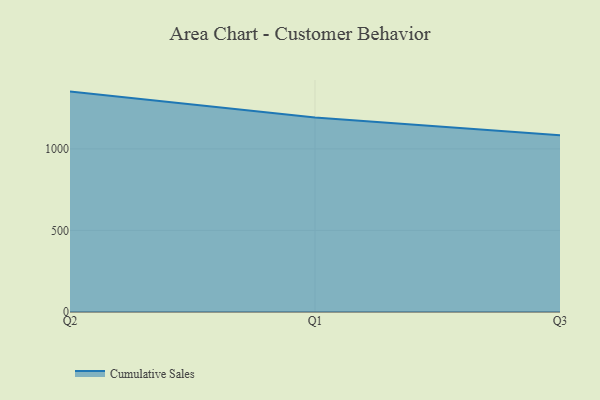
{"axis": {"x": "Quarter", "y": "Churn Rate (%)"}, "legend": ["Cumulative Sales"], "data": [{"x": "Q2", "y": 1351.5, "type": "Cumulative Sales"}, {"x": "Q1", "y": 1192.3, "type": "Cumulative Sales"}, {"x": "Q3", "y": 1083.5, "type": "Cumulative Sales"}]}